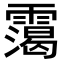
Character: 𩅳